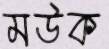
মউক